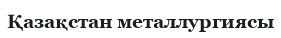
Қазақстан металлургиясы